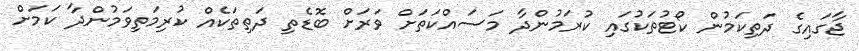
ޖާގައިގެ ދަތިކަމުން ކޯޓުތަކުގައި ކުރަމުންދާ މަސައްކަތަށް ވަރަށް ބޮޑެތި ދަތިތަކެއް ކުރިމަތިވަމުންދާ ކަމަށް